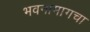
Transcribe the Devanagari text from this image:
भवनामागचा